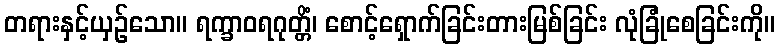
တရားနှင့်ယှဉ်သော။ ရက္ခာဝရဂုတ္တိံ၊ စောင့်ရှောက်ခြင်းတားမြစ်ခြင်း လုံခြုံစေခြင်းကို။